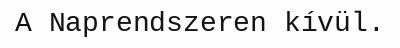
A Naprendszeren kívül.